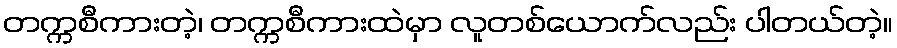
တက္ကစီကားတဲ့၊ တက္ကစီကားထဲမှာ လူတစ်ယောက်လည်း ပါတယ်တဲ့။